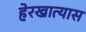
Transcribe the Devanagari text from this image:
हेरखात्यास